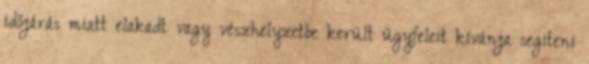
időjárás miatt elakadt vagy vészhelyzetbe került ügyfeleit kívánja segíteni